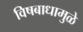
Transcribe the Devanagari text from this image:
विषबाधामुळे